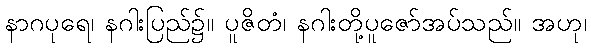
နာဂပုရေ၊ နဂါးပြည်၌။ ပူဇိတံ၊ နဂါးတို့ပူဇော်အပ်သည်။ အဟု၊